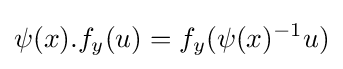
\psi (x).f_{y}(u)=f_{y}(\psi (x)^{-1}u)